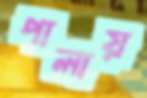
পালায়